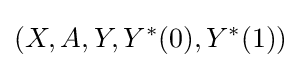
(X,A,Y,Y^{\ast }(0),Y^{\ast }(1))